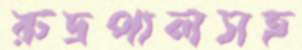
রুদ্রপালসহ